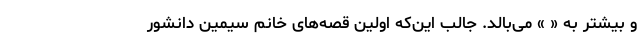
و بیشتر به « » می‌بالد. جالب این‌که اولین قصه‌های خانم سیمین دانشور